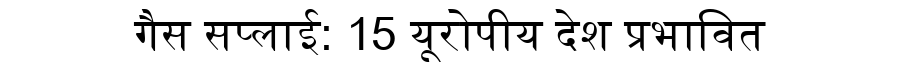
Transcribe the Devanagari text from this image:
गैस सप्लाई: 15 यूरोपीय देश प्रभावित